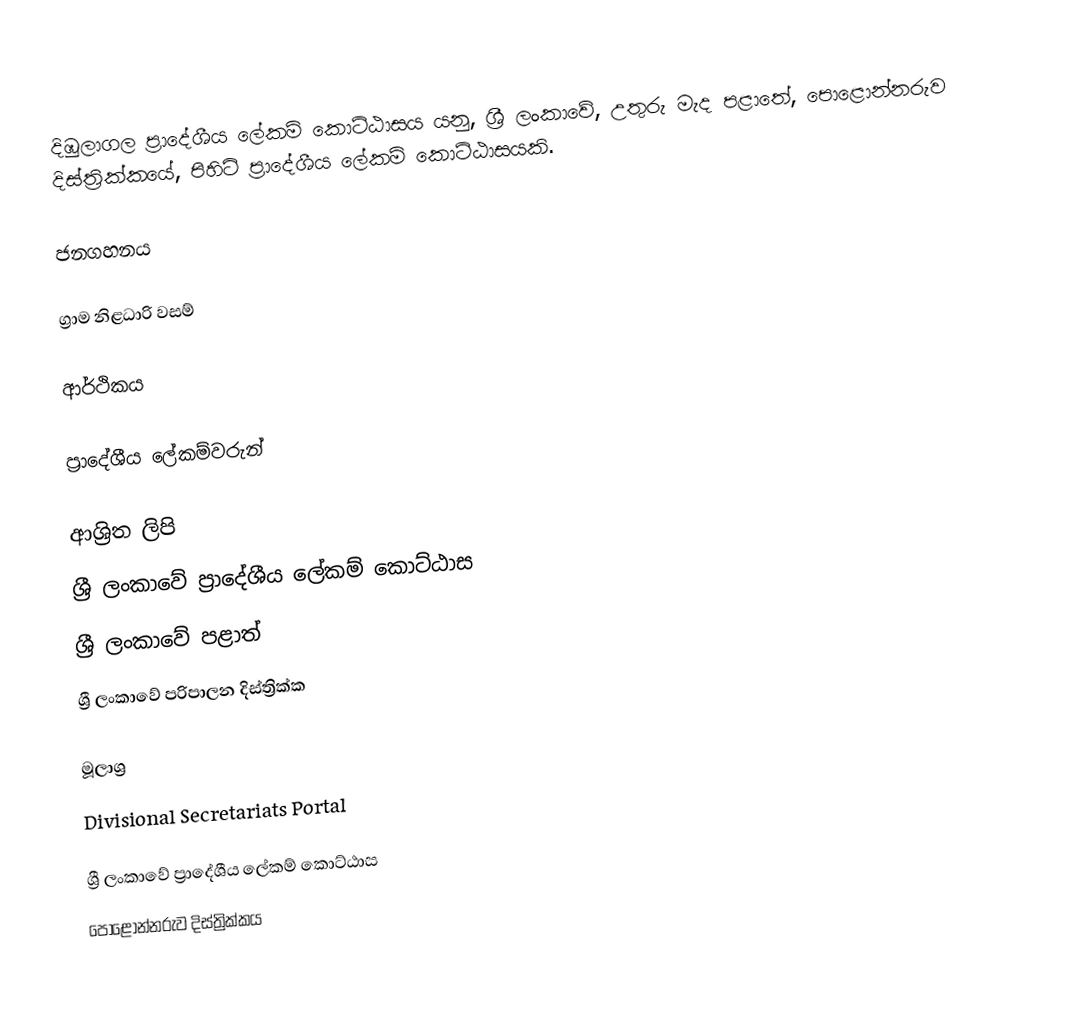
දිඹුලාගල ප්‍රාදේශීය ලේකම් කොට්ඨාසය යනු,  ශ්‍රී ලංකාවේ,  උතුරු මැද පළාතේ,   පොළොන්නරුව දිස්ත්‍රික්කයේ, පිහිටි ප්‍රාදේශීය ලේකම් කොට්ඨාසයකි.

ජනගහනය

ග්‍රාම නිළධාරි වසම්

ආර්ථිකය

ප්‍රාදේශීය ලේකම්වරුන්

ආශ්‍රිත ලිපි
ශ්‍රී ලංකාවේ ප්‍රාදේශීය ලේකම් කොට්ඨාස
ශ්‍රී ලංකාවේ පළාත්
ශ්‍රී ලංකාවේ පරිපාලන දිස්ත්‍රික්ක

මූලාශ්‍ර
 Divisional Secretariats Portal

ශ්‍රී ලංකාවේ ප්‍රාදේශීය ලේකම් කොට්ඨාස
පොළොන්නරුව දිස්ත්‍රික්කය